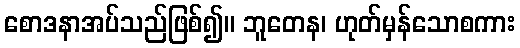
စောဒနာအပ်သည်ဖြစ်၍။ ဘူတေန၊ ဟုတ်မှန်သောစကား